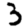
Digit: 3